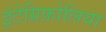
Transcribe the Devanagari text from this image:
इंटेग्रिफ़ोलिया